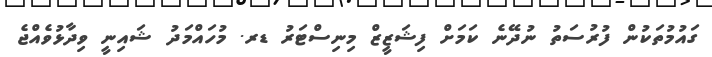
ގައުމުތަކުން ފުރުސަތު ނުދޭނެ ކަަމަށް ފިޝަޒީޒް މިނިސްޓަރު ޑރ. މުހައްމަދު ޝައިނީ ވިދާޅުވެއްޖެ